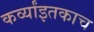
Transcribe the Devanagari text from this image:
कर्व्यांइतकाच